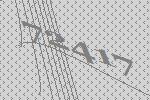
72417